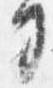
司